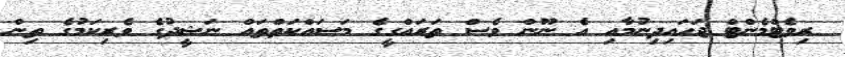
ރިވެޓްމެންޓް ޖަހައިދިނުމާއި އެ ނޫން ވެސް ތަރައްގީގެ މަސައްކަތްތައް ނަޝީދުގެ ވެރިކަމުގެ ތިން